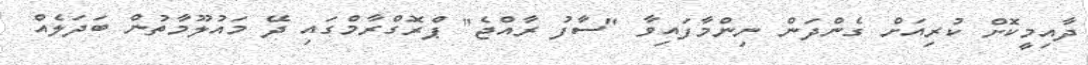
ދާއިމީކޮށް ކުރިއަށް ގެންދަން ނިންމާފައިވާ "ސާފު ރާއްޖެ" ޕްރޮގްރާމްގައި ދޭ މައުލޫމާތުން ބަދަލެއް